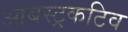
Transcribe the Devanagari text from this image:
आबस्ट्रकटिव